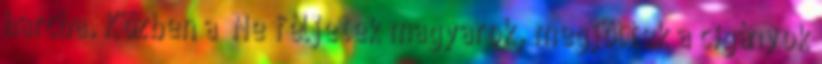
harcba. Közben a „Ne féljetek magyarok, megjöttek a cigányok